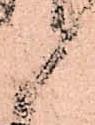
候